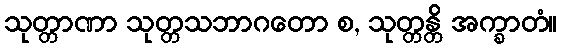
သုတ္တာဏာ သုတ္တသဘာဂတော စ, သုတ္တန္တိ အက္ခာတံ။